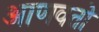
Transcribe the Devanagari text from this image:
आणवतो